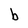
Character: b